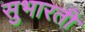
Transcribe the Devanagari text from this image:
सुभारती